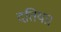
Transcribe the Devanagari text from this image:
दतिया।